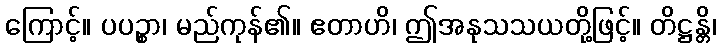
ကြောင့်။ ပပဉ္စာ၊ မည်ကုန်၏။ ဧတာဟိ၊ ဤအနုသသယတို့ဖြင့်။ တိဋ္ဌန္တိ၊